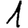
Digit: 1